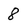
Character: 8